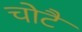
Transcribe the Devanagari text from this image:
चोटै